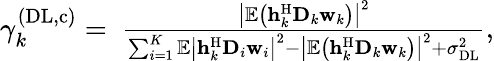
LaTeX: \begin{array}{r}{\gamma_{k}^{(\mathrm{DL},\mathrm{c})}=\mathrm{~}\frac{{{\left|\mathbb{E}\left(\mathbf{h}_{k}^{\mathrm{H}}{{\mathbf{D}}_{k}}{{\mathbf{w}}_{k}}\right)\right|}^{2}}}{\sum_{i=1}^{K}{\mathbb{E}}{{\left|\mathbf{h}_{k}^{\mathrm{H}}{{\mathbf{D}}_{i}}{{\mathbf{w}}_{i}}\right|}^{2}}-{{\left|\mathbb{E}\left(\mathbf{h}_{k}^{\mathrm{H}}{{\mathbf{D}}_{k}}{{\mathbf{w}}_{k}}\right)\right|}^{2}}+\sigma_{\mathrm{DL}}^{2}},}\end{array}